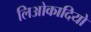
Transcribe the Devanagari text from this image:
लिओकादियो